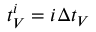
t _ { V } ^ { i } = i \Delta t _ { V }